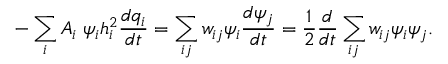
- \sum _ { i } A _ { i } \; \psi _ { i } h _ { i } ^ { 2 } \frac { d q _ { i } } { d t } = \sum _ { i j } w _ { i j } \psi _ { i } \frac { d \psi _ { j } } { d t } = \frac { 1 } { 2 } \frac { d } { d t } \sum _ { i j } w _ { i j } \psi _ { i } \psi _ { j } .